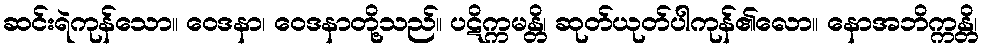
ဆင်းရဲကုန်သော။ ဝေဒနာ၊ ဝေဒနာတို့သည်။ ပဋိက္ကမန္တိ၊ ဆုတ်ယုတ်ပါကုန်၏လော။ နောအဘိက္ကန္တိ၊